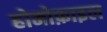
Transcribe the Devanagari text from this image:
होमोफ़ाइल